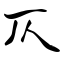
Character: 仄